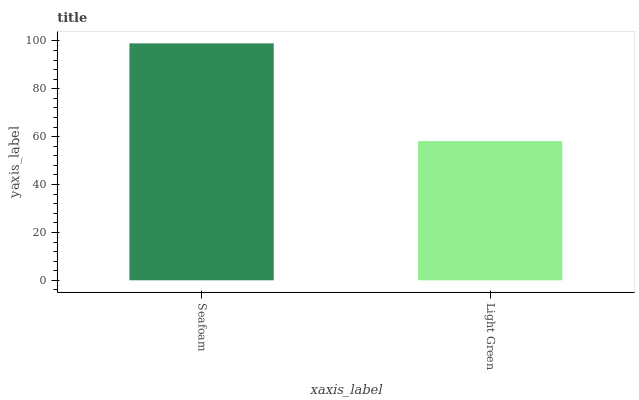
| xaxis_label | bars |
 | --- | --- |
 | Seafoam | 99 |
 | Light Green | 58.2 |